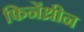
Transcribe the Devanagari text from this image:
फिनेंथ्रीन